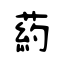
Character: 葯